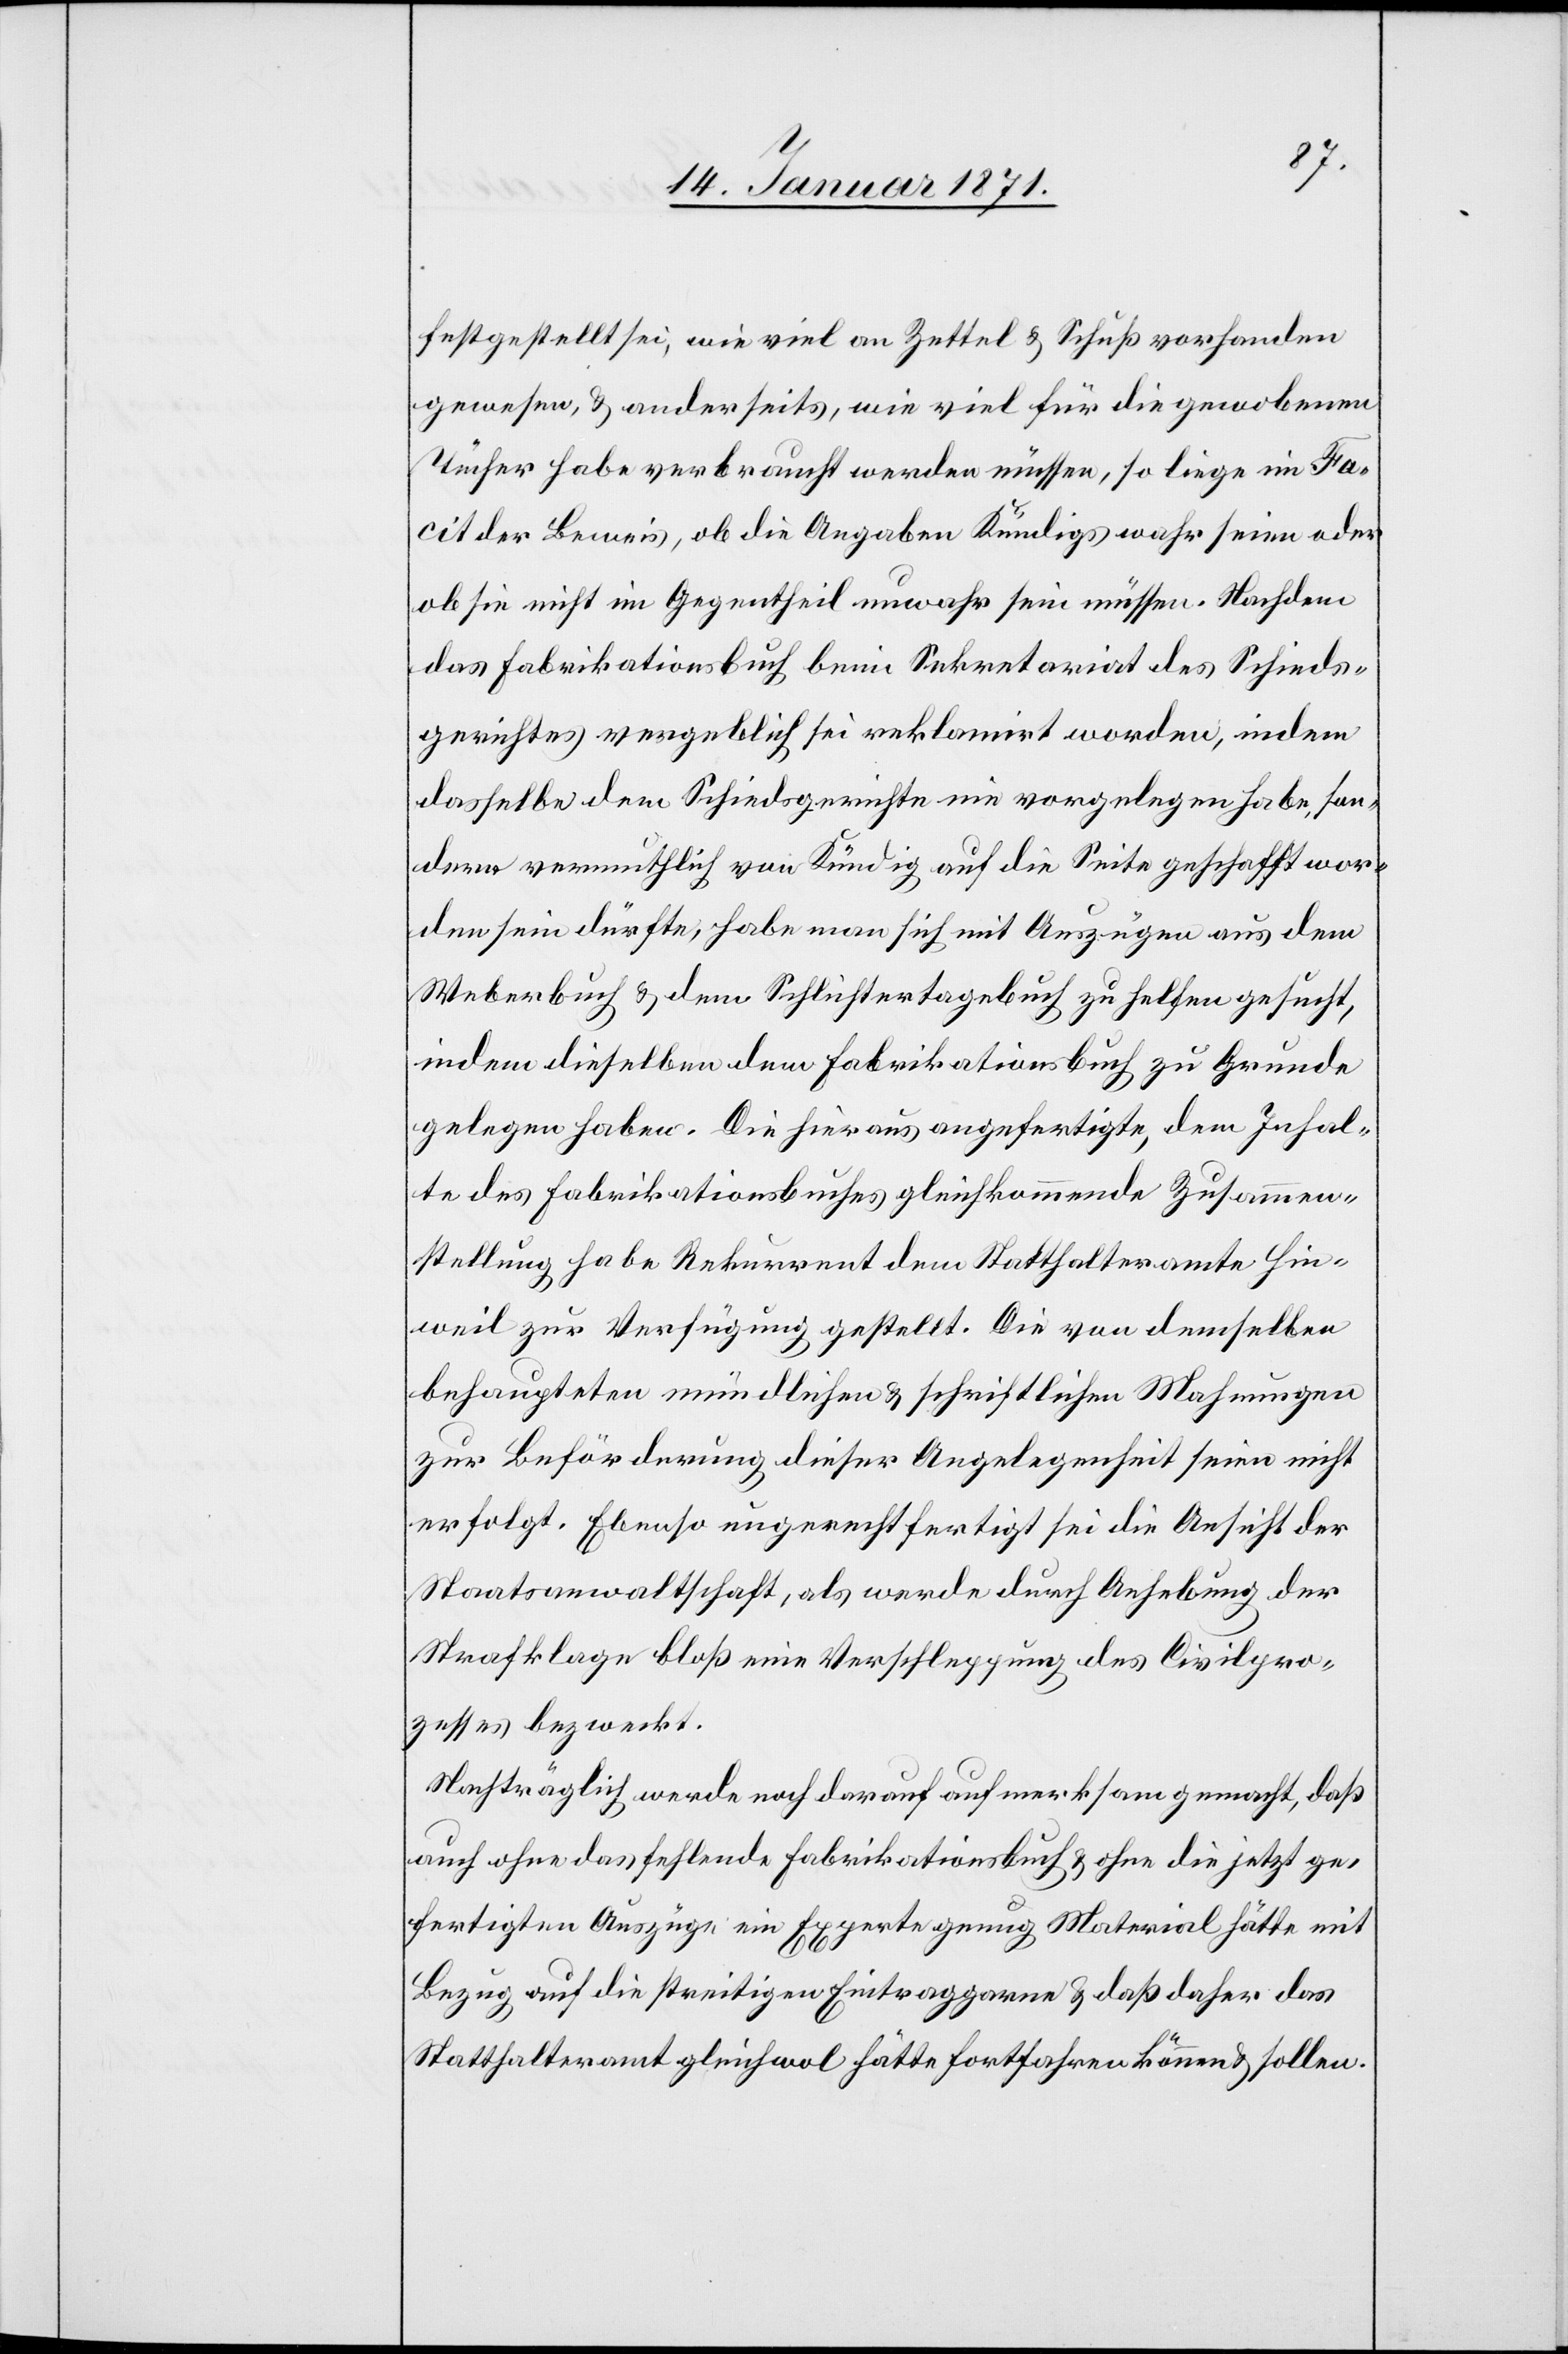
festgestellt sei, wie viel an Zettel u. Schuß vorhanden
gewesen, u. anderseits, wie viel für die gewobenen
Tücher habe verbraucht werden müssen, so liege im Fa¬
cit der Beweis, ob die Angaben Kündigs wahr seien oder
ob sie nicht im Gegentheil unwahr sein müssen. Nachdem
das Fabrikationsbuch beim Sekretariat des Schieds¬
gerichtes vergeblich sei reklamirt worden, indem
dasselbe dem Schiedsgerichte nie vorgelegen habe, son¬
dern vermutlich von Kündig auf die Seite geschafft wor¬
den sein dürfte, habe man sich mit Auszügen aus dem
Weberbuch u. dem Schlichtertagebuch zu helfen gesucht,
indem dieselben dem Fabrikationsbuch zu Grunde
gelegen haben. Die hieraus angefertigte, dem Inhal¬
te des Fabrikationsbuches gleichkommende Zusammen¬
stellung habe Rekurrent dem Statthalteramte Hin¬
weil zur Verfügung gestellt. Die von demselben
behaupteten mündlichen u. schriftlichen Mahnungen
zur Beförderung dieser Angelegenheit seien nicht
erfolgt. Ebenso ungerechtfertigt sei die Ansicht der
Staatsanwaltschaft, als werde durch Anhebung der
Staatsklage bloß eine Verschleppung des Civilpro¬
zesses bezweckt.
Nachträglich werde noch darauf aufmerksam gemacht, daß
auch ohne das fehlende Fabrikationsbuch u. ohne die jetzt ge¬
fertigten Auszüge ein Experte genug Material hätte mit
Bezug auf die streitigen Eintraggarne u. daß daher das
Statthalteramt gleichwol hätte fortfahren können u. sollen.